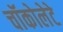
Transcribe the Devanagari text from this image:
चॉकोलेटे